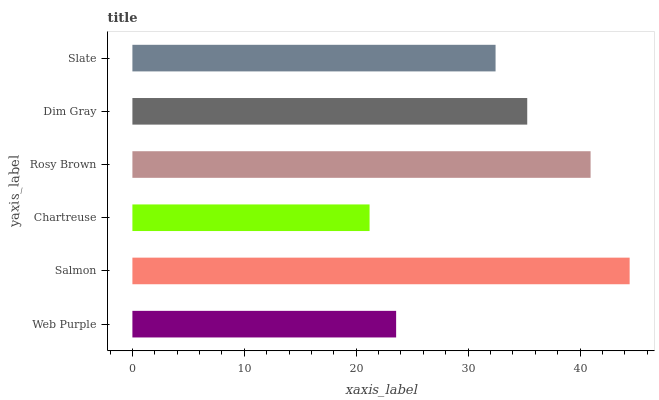
| yaxis_label | bars |
 | --- | --- |
 | Web Purple | 23.6 |
 | Salmon | 44.4 |
 | Chartreuse | 21.2 |
 | Rosy Brown | 40.9 |
 | Dim Gray | 35.3 |
 | Slate | 32.5 |